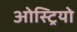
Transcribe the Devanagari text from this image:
ओस्ट्रियो